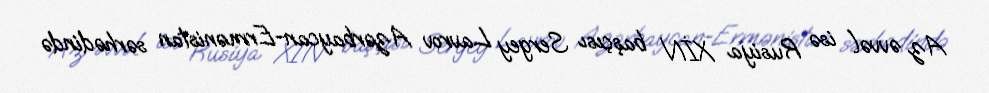
Az əvvəl isə Rusiya XİN başçısı Sergey Lavrov Azərbaycan-Ermənistan sərhədində